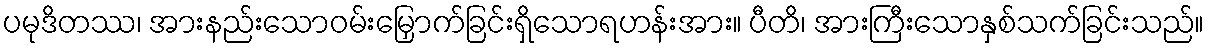
ပမုဒိတဿ၊ အားနည်းသောဝမ်းမြှောက်ခြင်းရှိသောရဟန်းအား။ ပီတိ၊ အားကြီးသောနှစ်သက်ခြင်းသည်။